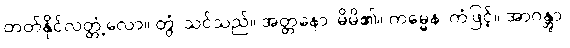
တတ်နိုင်လတ္တံ့လော။ တွံ၊ သင်သည်။ အတ္တနော၊ မိမိ၏။ ကမ္မေန၊ ကံဖြင့်။ အာဂန္တွာ၊